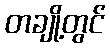
တချို့တွင်